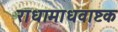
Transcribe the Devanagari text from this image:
राधामाधवाष्टक